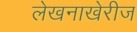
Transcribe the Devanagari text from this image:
लेखनाखेरीज